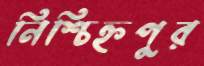
নিশ্চিহ্নপুর